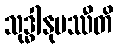
သုဒ္ဓါနုပဿီတိ